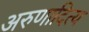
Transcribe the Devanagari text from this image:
अरुणादित्य